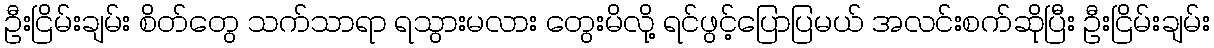
ဦးငြိမ်းချမ်း စိတ်တွေ သက်သာရာ ရသွားမလား တွေးမိလို့ ရင်ဖွင့်ပြောပြမယ် အလင်းစက်ဆိုပြီး ဦးငြိမ်းချမ်း